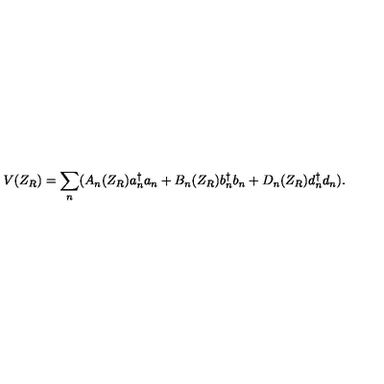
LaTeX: V ( Z _ { R } ) = { \sum _ { n } } ( A _ { n } ( Z _ { R } ) a { _ n ^ { \dagger } } a _ { n } + B _ { n } ( Z _ { R } ) b { _ n ^ { \dagger } } b _ { n } + D _ { n } ( Z _ { R } ) d { _ n ^ { \dagger } } d _ { n } ) .